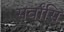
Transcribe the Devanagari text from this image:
सर्वांसि